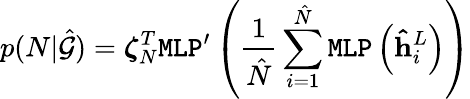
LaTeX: p(N|\hat{\mathcal{G}})=\boldsymbol{\zeta}_{N}^{T}\texttt{MLP}^{\prime}\left(\frac{1}{\hat{N}}\sum_{i=1}^{\hat{N}}\texttt{MLP}\left(\mathbf{\hat{h}}_{i}^{L}\right)\right)